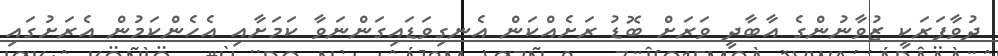
ދުވާފަރަކީ ޒުވާނުންގެ އާބާދީ ވަރަށް ބޮޑު ރަށެއްކަން އެނގިވަޑައިގަންނަވާ ކަމަށާއި އެހެންކަމުން އެރަށުގައި